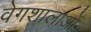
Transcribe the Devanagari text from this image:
वेगशालाओं